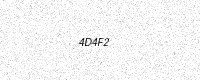
Text: 4D4F2